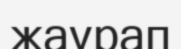
жаурап